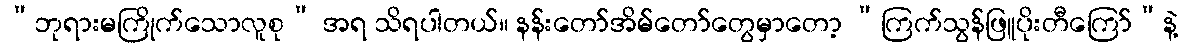
“ဘုရားမကြိုက်သောလူစု” အရ သိရပါတယ်။ နန်းတော်အိမ်တော်တွေမှာတော့ “ကြက်သွန်ဖြူပိုးတီကြော်”နဲ့